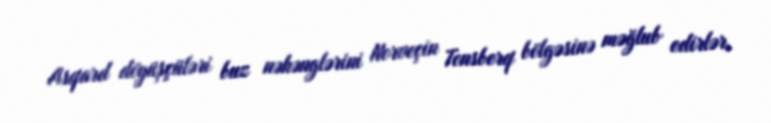
Asqard döyüşçüləri buz nəhənglərini Norveçin Tonsberq bölgəsinə məğlub edirlər,